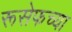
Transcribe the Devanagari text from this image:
रूसेफच्या